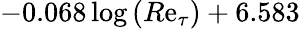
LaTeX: -0.068\log{\left(R\mathrm{e}_{\tau}\right)}+6.583